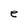
Character: e